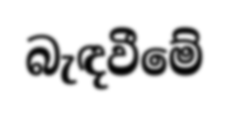
බැඳවීමේ